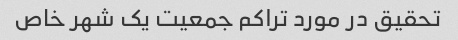
تحقیق در مورد تراکم جمعیت یک شهر خاص